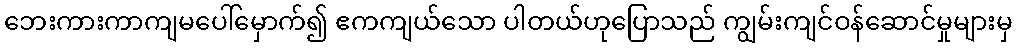
ဘေးကားကာကျမပေါ်မှောက်၍ ဧကကျယ်သော ပါတယ်ဟုပြောသည် ကျွမ်းကျင်ဝန်ဆောင်မှုများမှ